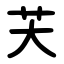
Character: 芖